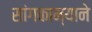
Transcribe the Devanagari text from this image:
सांगकाम्याने